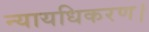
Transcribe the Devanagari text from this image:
न्यायधिकरण।